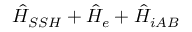
\hat { H } _ { S S H } + \hat { H } _ { e } + \hat { H } _ { i A B }